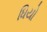
ધિયો